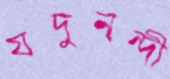
যদুনন্দী